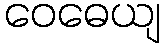
ဝေဓေယျ